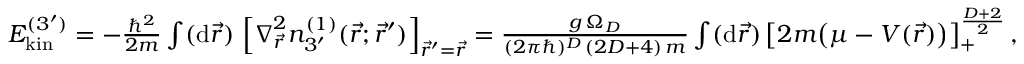
\begin{array} { r } { E _ { \mathrm { k i n } } ^ { ( 3 ^ { \prime } ) } = - \frac { \hbar ^ { 2 } } { 2 m } \int ( \mathrm { d } \vec { r } ) \, \left[ \boldsymbol { \nabla } _ { \vec { r } } ^ { 2 } n _ { 3 ^ { \prime } } ^ { ( 1 ) } ( \vec { r } ; \vec { r } ^ { \prime } ) \right] _ { \vec { r } ^ { \prime } = \vec { r } } = \frac { g \, \Omega _ { D } } { ( 2 \pi \hbar ) ^ { D } \, ( 2 D + 4 ) \, m } \int ( \mathrm { d } \vec { r } ) \, \big [ 2 m \big ( \mu - V ( \vec { r } ) \big ) \big ] _ { + } ^ { \frac { D + 2 } { 2 } } \, , } \end{array}